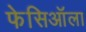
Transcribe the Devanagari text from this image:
फेसिऑला